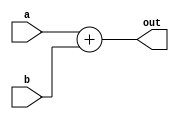
`timescale 1ns / 1ps
//////////////////////////////////////////////////////////////////////////////////
// Company: 
// Engineer: 
// 
// Design Name: 
// Module Name: adder
// Project Name: 
// Target Devices: 
// Tool Versions: 
// Description: 
// 
// Dependencies: 
// 
// Revision:
// Revision 0.01 - File Created
// Additional Comments:
// 
//////////////////////////////////////////////////////////////////////////////////


module adder(a, b, out);
    input [31:0] a, b;
    output reg [31:0] out;
    
    always @(a, b)
    begin
        out = a + b;
    end
endmodule